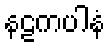
နဠကပါနံ